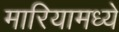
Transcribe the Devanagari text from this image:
मारियामध्ये